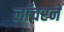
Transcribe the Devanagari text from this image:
लाँचरने